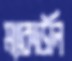
ম্যাকাউলি